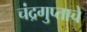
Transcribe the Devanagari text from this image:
चंद्रगुप्ताचे